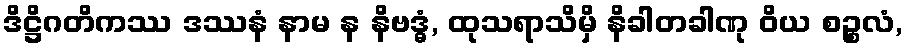
ဒိဋ္ဌိဂတိကဿ ဒဿနံ နာမ န နိဗဒ္ဓံ, ထုသရာသိမှိ နိခါတခါဏု ဝိယ စဉ္စလံ,